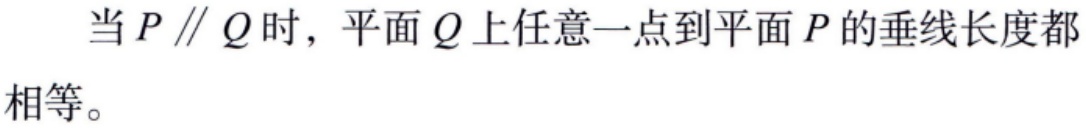
当 \(P \parallel Q\) 时，平面 \(Q\) 上任意一点到平面 \(P\) 的垂线长度都相等。